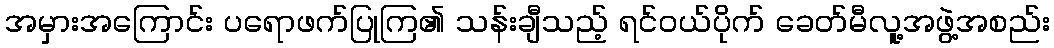
အမှားအကြောင်း ပရောဖက်ပြုကြ၏ သန်းချီသည့် ရင်ဝယ်ပိုက် ခေတ်မီလူ့အဖွဲ့အစည်း